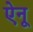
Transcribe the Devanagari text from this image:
ऐनू